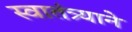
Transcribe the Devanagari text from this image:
स्वातंत्र्याने